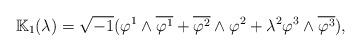
LaTeX: \begin{align*}\mathbb{K}_1(\lambda)=\sqrt{-1}(\varphi^1\wedge\overline{\varphi^1}+\overline{\varphi^2}\wedge \varphi^2+\lambda^2\varphi^3\wedge\overline{\varphi^3}),\end{align*}